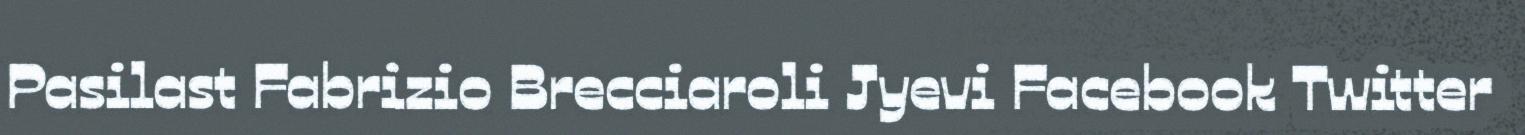
Pasilast Fabrizio Brecciaroli Jyevi Facebook Twitter